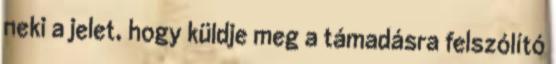
neki a jelet, hogy küldje meg a támadásra felszólító